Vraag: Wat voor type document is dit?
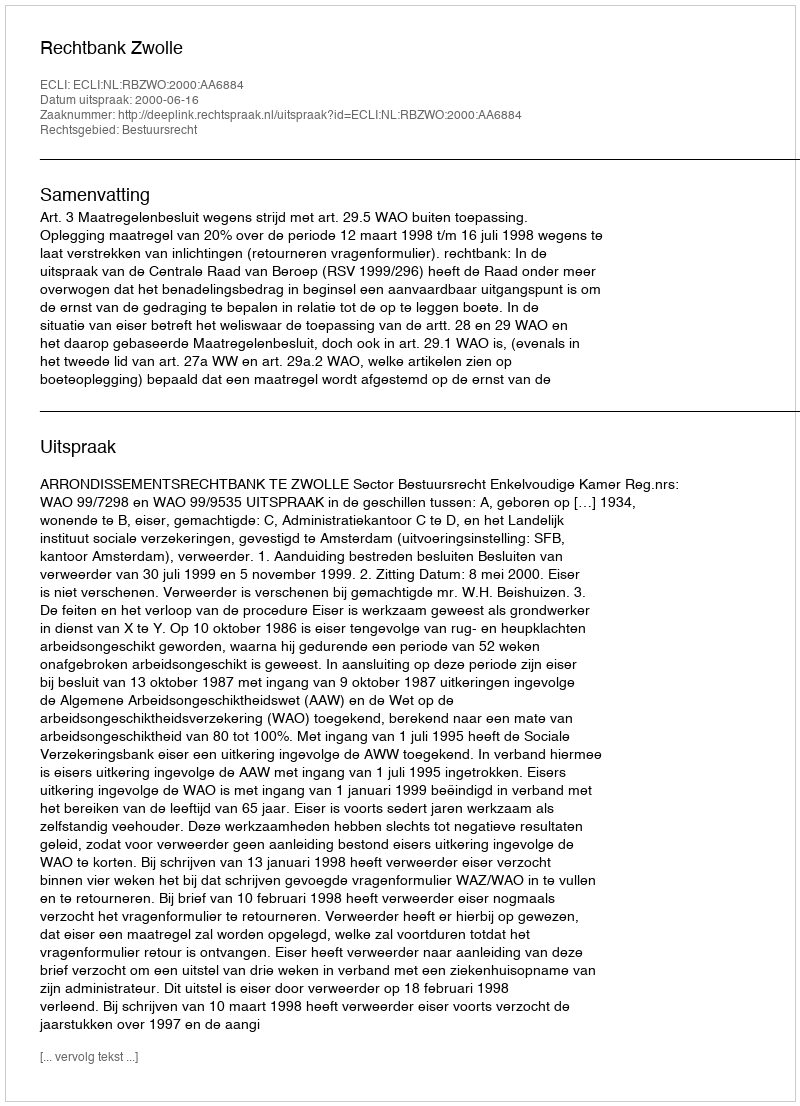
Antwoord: Uitspraak